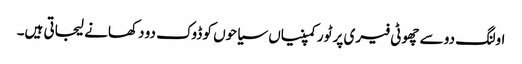
اولنگ دو سے چھوٹی فیری پر ٹور کمپنیاں سیاحوں کو ڈوک دو دکھانے لیجاتی ہیں۔